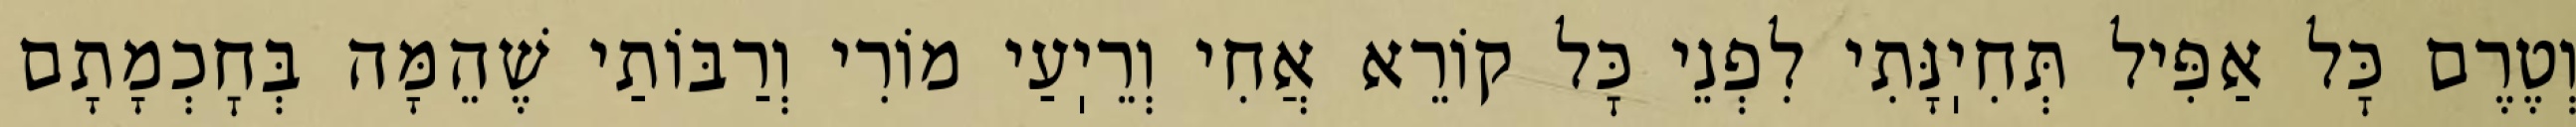
וְטֶרֶם כׇּל אַפִּיל תְּחִיֽנָּתִי לִפְנֵי כׇּל קוֹרֵא אֲחִי וְרֵיֽעַי מוֹרִי וְרַבּוֹתַי שֶׁהֵמָּה בְּחׇכְמָתָם